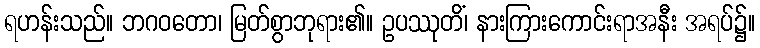
ရဟန်းသည်။ ဘဂဝတော၊ မြတ်စွာဘုရား၏။ ဥပဿုတိံ၊ နားကြားကောင်းရာအနီး အရပ်၌။